Senior Leaving Certificate, 1939
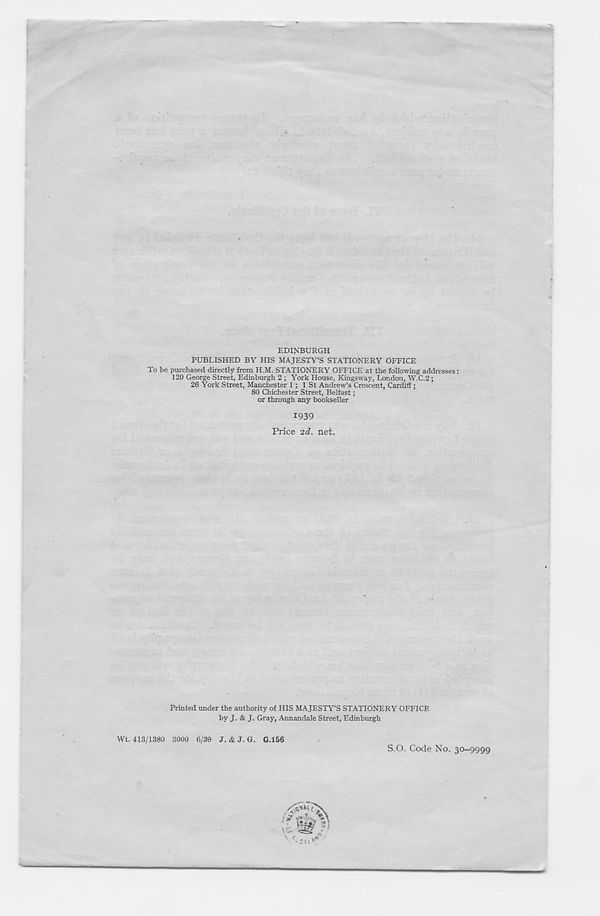
EDINBURGH
PUBLISHED BY HIS MAJESTY’S STATIONERY OFFICE
To be purchased directly from H.M. STATIONERY OFFICE at the following addresses:
120 George Street, Edinburgh 2 ; York House, Kingsway, London, W.C.2 ;
26 York Street, Manchester 1 ; 1 St Andrew’s Crescent, Cardiff ;
80 Chichester Street, Belfast;
or through any bookseller
1939
Price id. net.
Printed under the authority of HIS MAJESTY’S STATIONERY OFFICE
by J. & J. Gray, Annandale Street, Edinburgh
G.156
Wt. 413/1380 3000 6/39 J. & J. G.
S.O. Code No. 30-9999